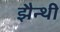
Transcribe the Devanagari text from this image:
झैन्थी